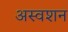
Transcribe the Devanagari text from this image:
अस्वशन